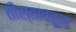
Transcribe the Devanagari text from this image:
तीस्तावरून